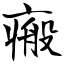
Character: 瘢